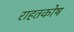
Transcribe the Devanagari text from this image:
राहतकोष